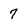
Character: 7